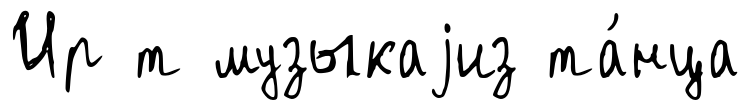
Ир т музыкаjиз та́нца